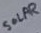
Text: SOLAR